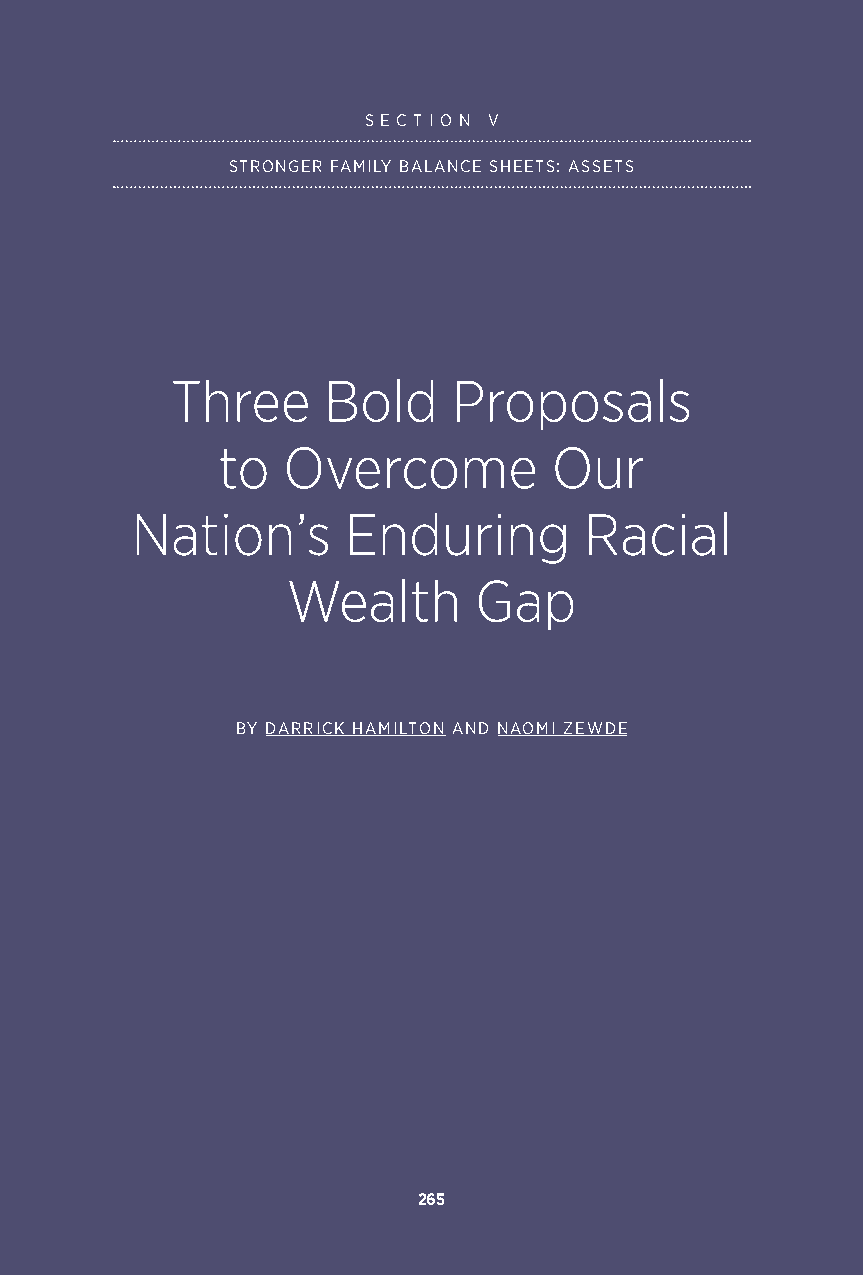
S E C T I O N V
 STRONGER FAMILY BALANCE SHEETS: ASSETS
 Three     Bold     Proposals
 to   Overcome          Our
 Nation’s      Enduring        Racial
 Wealth      Gap
 BY DARRICK HAMILTON AND NAOMI ZEWDE
 265